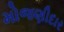
મોજણીદાર